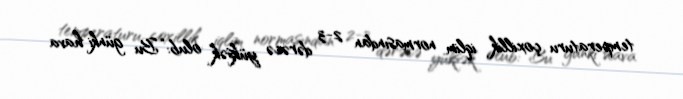
temperaturu çoxillik iqlim normasından 2-3 dərəcə yüksək olub: “Bu günki hava